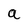
Character: a